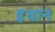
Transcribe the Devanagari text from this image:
इथान